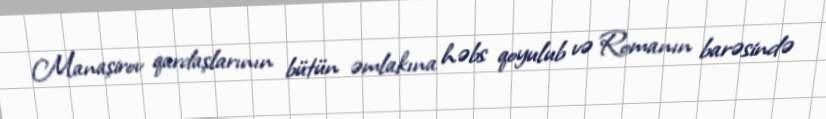
Manaşirov qardaşlarının bütün əmlakına həbs qoyulub və Romanın barəsində